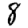
Digit: 8